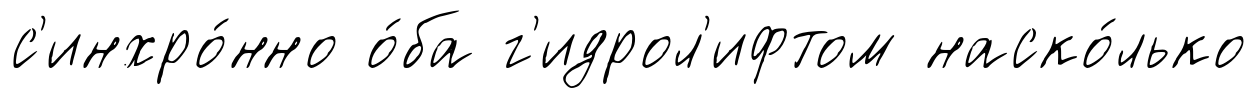
с'инхро́нно о́ба г'идрол'ифтом наско́лько